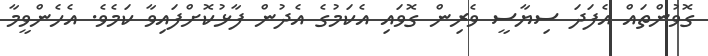
ގޮވުންތައް އެފަދަ ސިޔާސީ ވެރިން ގޮވައި އެކަމުގެ އެދުން ފާޅުކޮށްފައިވާ ކަމެވެ. އެހެންވީމާ